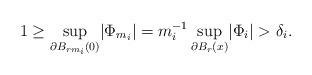
LaTeX: \begin{align*}1\geq\sup_{\partial B_{r m_i}(0)}\lvert\Phi_{m_i}\rvert = m_i^{-1}\sup_{\partial B_{r}(x)}\lvert\Phi_{i}\rvert>\delta_i.\end{align*}